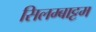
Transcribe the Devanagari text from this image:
सिलम्बाट्टम